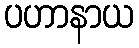
ပဟာနာယ